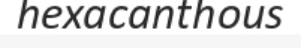
hexacanthous